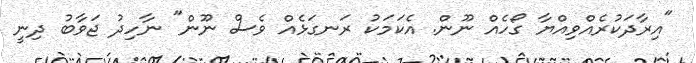
"އިރާދަކުރެއްވިއްޔާ ގޯހެއް ނޫން. އެކަމަކު ރަނގަޅެއް ވެސް ނޫން" ނާހިދު ޖަވާބު ދިނީ